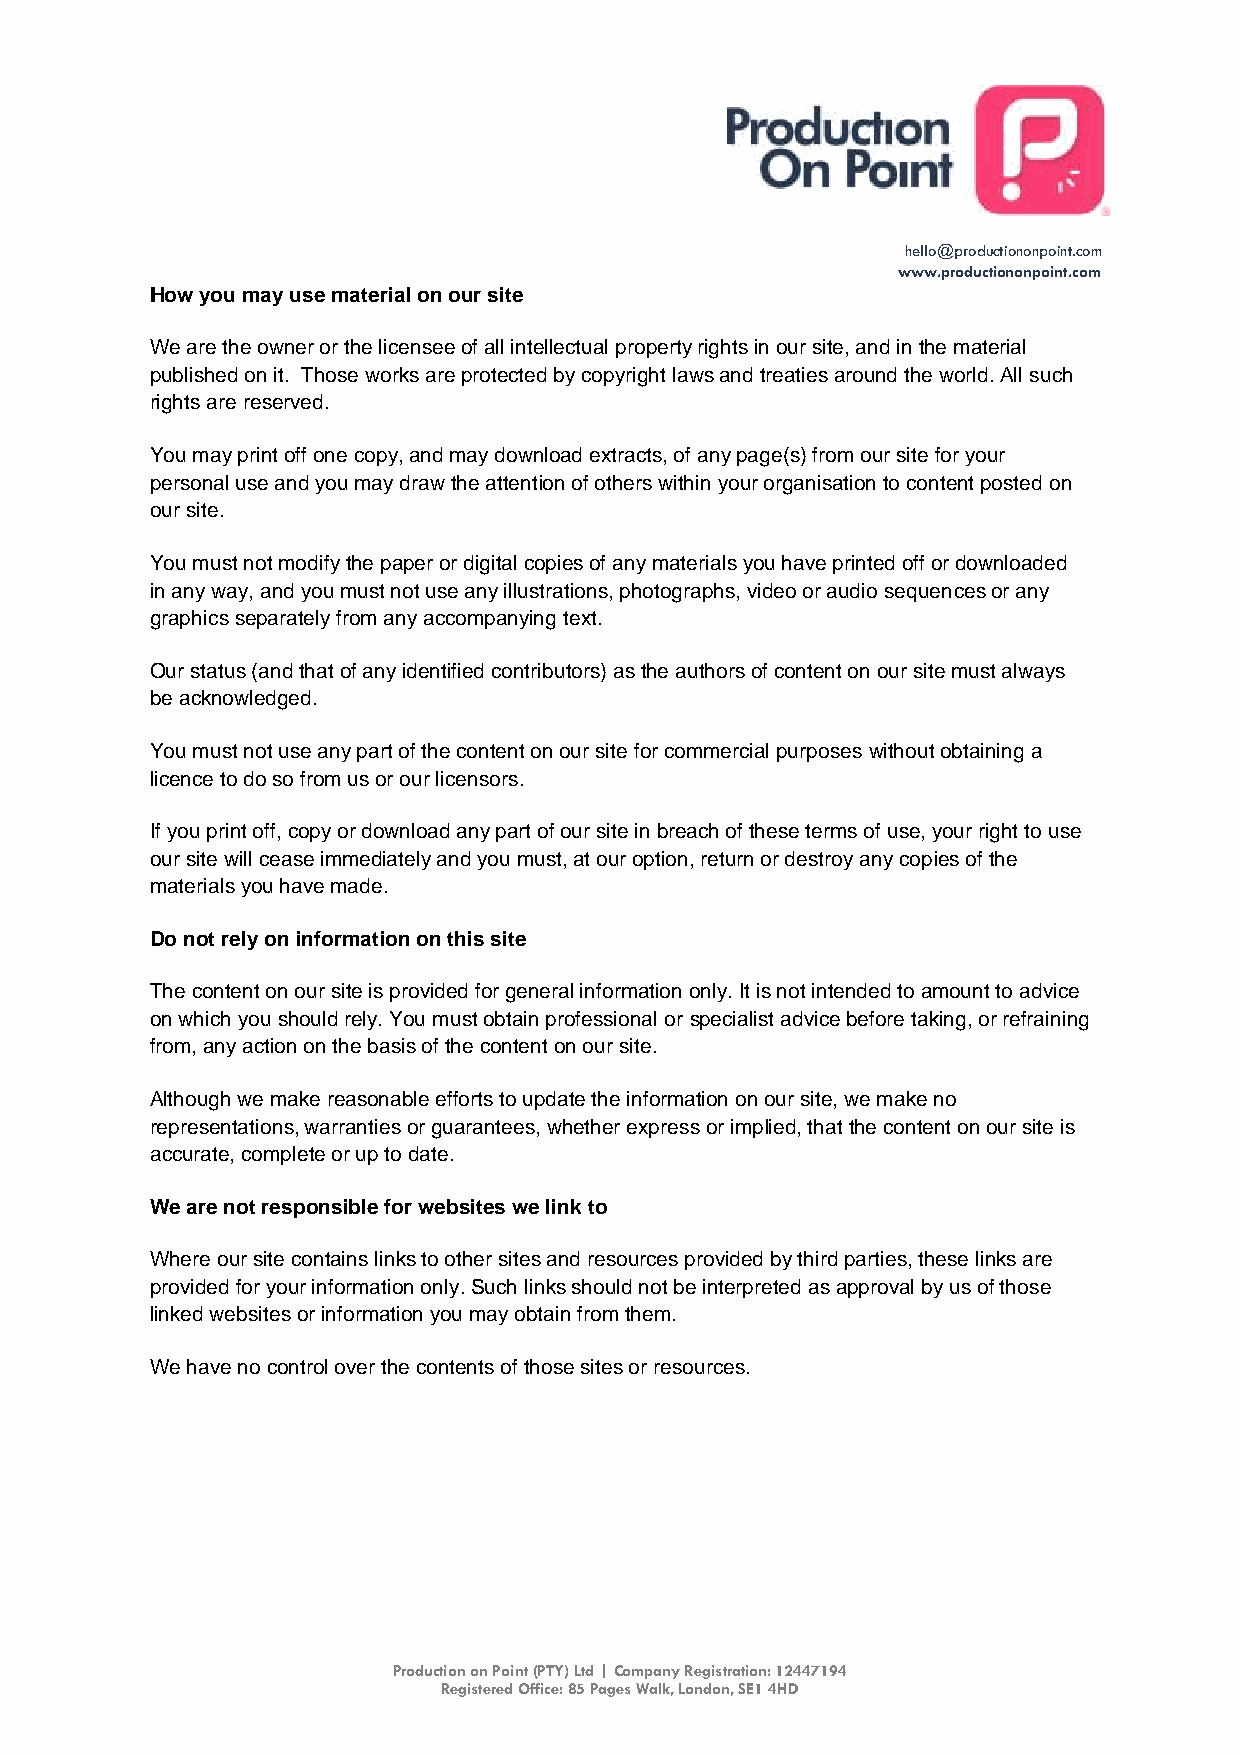
hello@productiononpoint.com
 www.productiononpoint.com
 How you may use material on our site
 We are the owner or the licensee of all intellectual property rights in our site, and in the material
 published on it. Those works are protected by copyright laws and treaties around the world. All such
 rights are reserved.
 You may print off one copy, and may download extracts, of any page(s) from our site for your
 personal use and you may draw the attention of others within your organisation to content posted on
 our site.
 You must not modify the paper or digital copies of any materials you have printed off or downloaded
 in any way, and you must not use any illustrations, photographs, video or audio sequences or any
 graphics separately from any accompanying text.
 Our status (and that of any identified contributors) as the authors of content on our site must always
 be acknowledged.
 You must not use any part of the content on our site for commercial purposes without obtaining a
 licence to do so from us or our licensors.
 If you print off, copy or download any part of our site in breach of these terms of use, your right to use
 our site will cease immediately and you must, at our option, return or destroy any copies of the
 materials you have made.
 Do not rely on information on this site
 The content on our site is provided for general information only. It is not intended to amount to advice
 on which you should rely. You must obtain professional or specialist advice before taking, or refraining
 from, any action on the basis of the content on our site.
 Although we make reasonable efforts to update the information on our site, we make no
 representations, warranties or guarantees, whether express or implied, that the content on our site is
 accurate, complete or up to date.
 We are not responsible for websites we link to
 Where our site contains links to other sites and resources provided by third parties, these links are
 provided for your information only. Such links should not be interpreted as approval by us of those
 linked websites or information you may obtain from them.
 We have no control over the contents of those sites or resources.
 Production on Point (PTY) Ltd | Company Registration: 12447194
 Registered Office: 85 Pages Walk, London, SE1 4HD